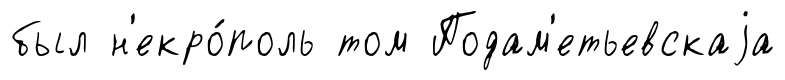
был н'екро́поль том Подам'етьевскаjа